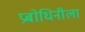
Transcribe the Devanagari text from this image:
प्रबोधिनीला